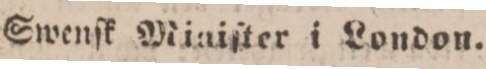
Swenſk Miaiſter i London.